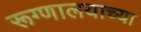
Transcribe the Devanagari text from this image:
रूग्णालयाच्या